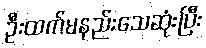
ဦးထက်မနည်းသေဆုံးပြီး